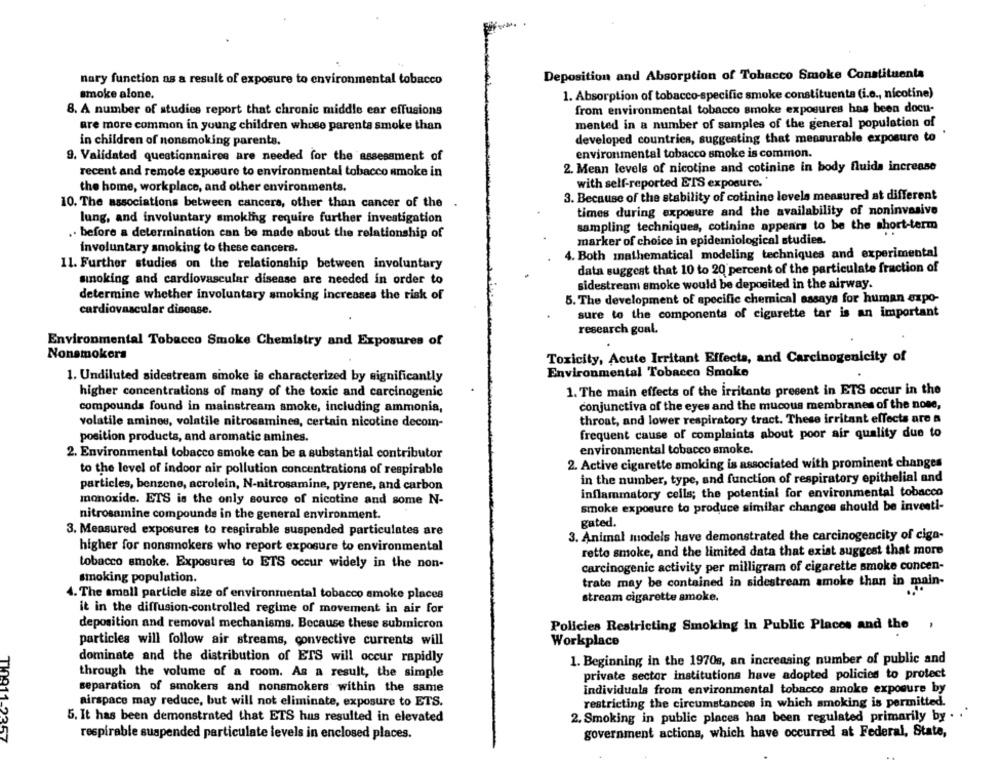
Deposition and Absorption of Tobacco Smoke Constituenta
nary function as a result of exposure to environmental tobacco
smoke alone.
1. Absorption of tobacco-specific smoke constituenta (i.e ., nicotine)
8. A number of studies report that chronic middle ear effusions
from environmental tobacco smoke exposures has been docu-
mented in a number of samples of the general population of
are more common in young children whose parents smoke than
in children of nonsmoking parents.
developed countries, suggesting that measurable exposure to
environmental tobacco smoke is common.
9. Validated questionnaires are needed for the assessment of
2. Mean levels of nicotine and cotinine in body fluids increase
recent and remote exposure to environmental tobacco smoke in
with self-reported ETS exposure.
the home, workplace, and other environments.
3. Because of the stability of cotinine levels measured at different
10. The associations between cancers, other than cancer of the
times during exposure and the availability of noninvasive
lung, and involuntary smoking require further investigation
sampling techniques, cotinine appears to be the short-term
. before a determination can be made about the relationship of
marker of choice in epidemiological studies.
involuntary smoking to these cancere.
4. Both mathematical modeling techniques and experimental
11. Further studies on the relationship between involuntary
data suggest that 10 to 20 percent of the particulate fraction of
sınoking and cardiovascular disease are needed in order to
sidestream smoke would be deposited in the airway.
determine whether involuntary smoking increases the risk of
5. The development of specific chemical assays for human expo-
cardiovascular disease.
sure to the components of cigarette tar is an important
research goal.
Environmental Tobacco Smoke Chemistry and Exposures of
Nonsmokers
Toxicity, Acute Irritant Effects, and Carcinogenicity of
Environmental Tobacco Smoke
1. Undiluted sidestream smoke is characterized by significantly
1. The main effects of the irritante present in ETS occur in the
higher concentrations of many of the toxic and carcinogenic
compounds found in mainstream smoke, including ammonia,
conjunctiva of the eyes and the mucous membranes of the none,
volatile aminos, volatile nitrosamines, certain nicotine decom-
throat, and lower respiratory tract. These irritant effects are a
position products, and aromatic amines.
frequent cause of complaints about poor air quality due to
2. Environmental tobacco smoke can be a substantial contributor
environmental tobacco smoke.
2. Active cigarette smoking is associated with prominent changes
to the level of indoor air pollution concentrations of respirable
in the number, type, and function of respiratory epithelial and
particles, benzene, acrolein, N-nitrosamine, pyrene, and carbon
inflammatory cells; the potential for environmental tobacco
monoxide. ETS is the only source of nicotine and some N-
smoke exposure to produce similar changes should be investi-
nitrosamine compounds in the general environment.
gated.
3. Measured exposures to respirable suspended particulates are
3. Animal models have demonstrated the carcinogencity of ciga-
higher for nonsmokers who report exposure to environmental
retto smoke, and the limited data that exist suggest that more
tobacco smoke. Exposures to ETS occur widely in the non-
carcinogenic activity per milligram of cigarette smoke concen-
smoking population.
trate may be contained in sidestream smoke than in main-
4. The small particle size of environmental tobacco smoke places
stream cigarette smoke.
it in the diffusion-controlled regime of movement in air for
deposition and removal mechanisms. Because these submicron
Policies Restricting Smoking In Public Places and the ,
particles will follow air streams, convective currents will
Workplace
dominate and the distribution of ETS will occur rapidly
1. Beginning in the 1970s, an increasing number of public and
through the volume of a room. As a result, the simple
private sector institutions have adopted policies to protect
separation of smokers and nonsmokers within the same
individuals from environmental tobacco amoke exposure by
airspace may reduce, but will not eliminate, exposure to ETS.
restricting the circumstances in which smoking is permitted.
5. It has been demonstrated that ETS hus resulted in elevated
2. Smoking in public places has been regulated primarily by . .
respirable suspended particulate levels in enclosed places.
government actions, which have occurred at Federal, State,
T10911-2357